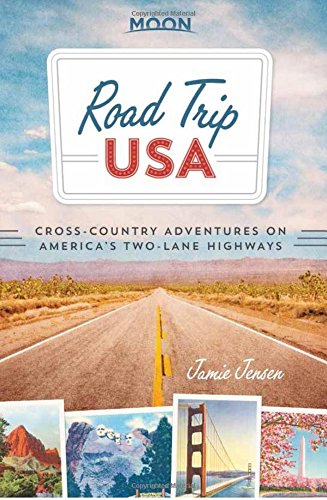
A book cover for Road Trip USA: Cross-Country Adventures on America's Two-Lane Highways; Jamie Jensen; Travel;